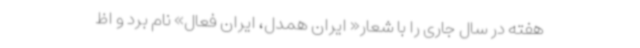
هفته در سال جاری را با شعار« ایران همدل، ایران فعال» نام برد و اظ